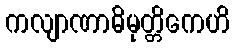
ကလျာဏာဓိမုတ္တိကေဟိ